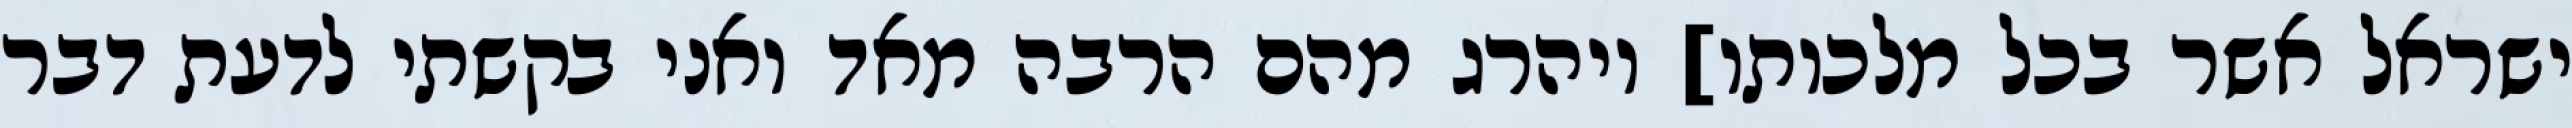
ישראל אשר בכל מלכותו] ויהרג מהם הרבה מאד ואני בקשתי לדעת דבר